画像に写った文字を読んでください
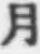
「月」と書いてあります